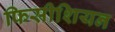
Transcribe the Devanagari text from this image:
फिसीशियन